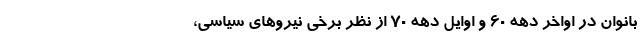
بانوان در اواخر دهه ۶۰ و اوایل دهه ۷۰ از نظر برخی نیروهای سیاسی،